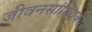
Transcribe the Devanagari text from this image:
जीवनसांख्यिकीय